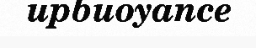
upbuoyance